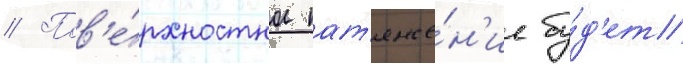
// Пов'е́рхностное нат'яже́н'ие бу́д'ет